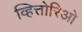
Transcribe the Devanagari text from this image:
व्हित्तोरिओ